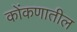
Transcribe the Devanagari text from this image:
कोंकणातील